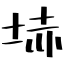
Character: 𡋽